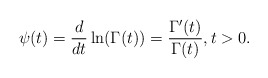
\begin{align*}\psi(t)=\frac{d}{dt}\ln(\Gamma(t))=\frac{\Gamma'(t)}{\Gamma(t)}, t>0.\end{align*}